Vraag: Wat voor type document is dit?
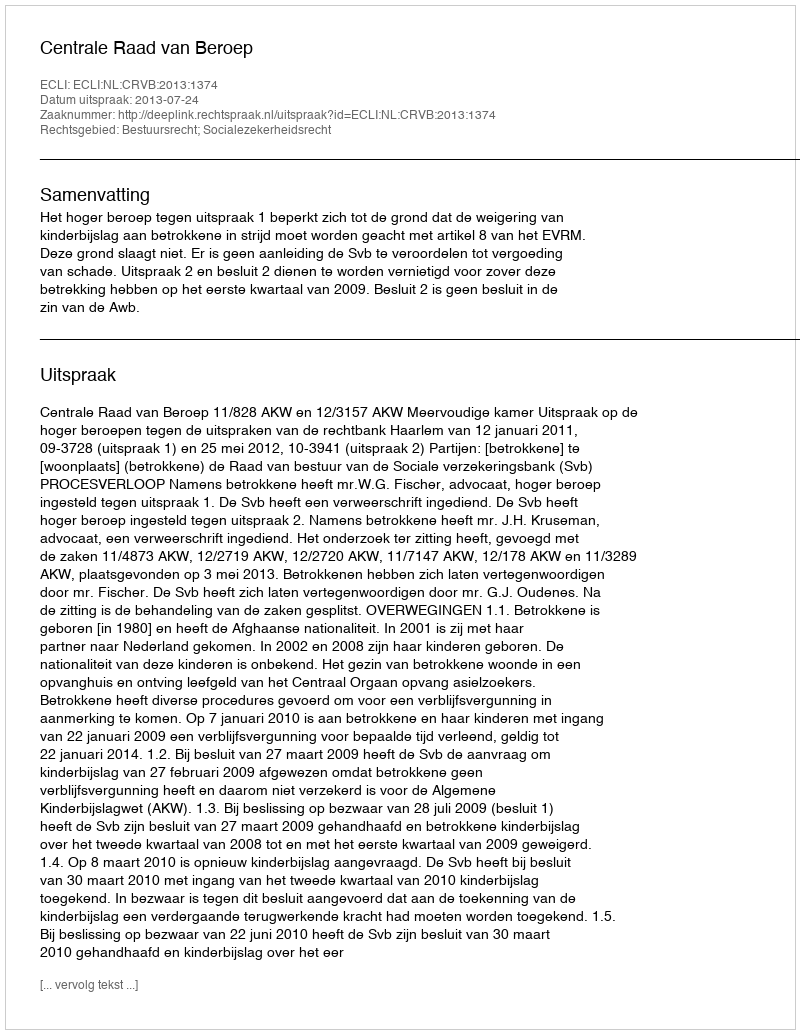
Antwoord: Uitspraak